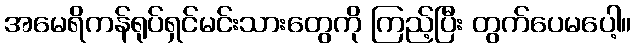
အမေရိကန်ရုပ်ရှင်မင်းသားတွေကို ကြည့်ပြီး တွက်ပေမပေါ့။